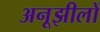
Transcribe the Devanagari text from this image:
अनूझीलों